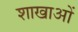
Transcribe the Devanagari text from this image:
शाखाआें